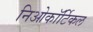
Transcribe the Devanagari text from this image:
निओकॉर्टिकल